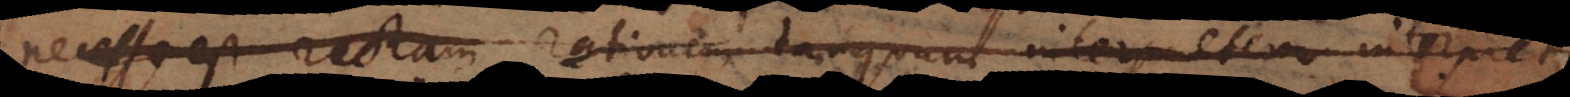
necesse est rectam rationem tanquam interpretem Dei